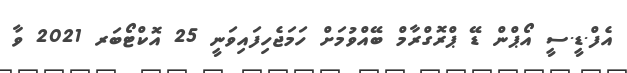
އެފް.ޑީ.ސީ އޯޕްން ޑޭ ޕްރޮގްރާމް ބޭއްވުމަށް ހަމަޖެހިފައިވަނީ 25 އޮކްޓޯބަރ 2021 ވާ